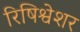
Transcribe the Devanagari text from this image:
रिषिश्वेशर